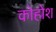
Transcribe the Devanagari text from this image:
कोहोश